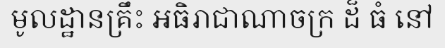
មូលដ្ឋានគ្រឹះ អធិរាជាណាចក្រ ដ៏ ធំ នៅ